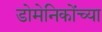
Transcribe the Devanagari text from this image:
डोमेनिकोंच्या